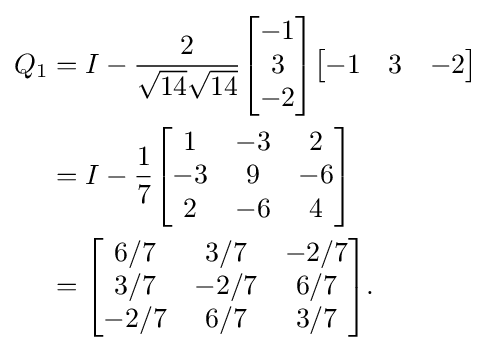
{\begin{aligned}Q_{1}={}&I-{\frac {2}{{\sqrt {14}}{\sqrt {14}}}}{\begin{bmatrix}-1\\3\\-2\end{bmatrix}}{\begin{bmatrix}-1&3&-2\end{bmatrix}}\\={}&I-{\frac {1}{7}}{\begin{bmatrix}1&-3&2\\-3&9&-6\\2&-6&4\end{bmatrix}}\\={}&{\begin{bmatrix}6/7&3/7&-2/7\\3/7&-2/7&6/7\\-2/7&6/7&3/7\\\end{bmatrix}}.\end{aligned}}